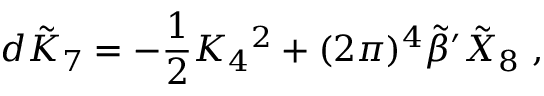
d \tilde { K } _ { 7 } = - { \frac { 1 } { 2 } } K _ { 4 } { } ^ { 2 } + ( 2 \pi ) ^ { 4 } { \tilde { \beta } } ^ { \prime } { \tilde { X } } _ { 8 } \ ,